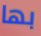
بها